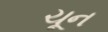
ચૂન